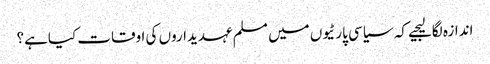
اندازہ لگالیجیے کہ سیاسی پارٹیوں میں مسلم عہدیداروں کی اوقات کیاہے؟